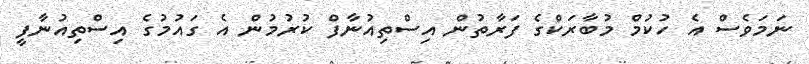
ނަމަވެސް އެ ހުކުމް މުބާރަކްގެ ފަރާތުން އިސްތިއުނާފް ކުރުމުން އެ ގައުމުގެ އިސްތިއުނާފީ